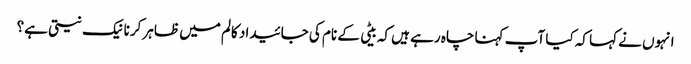
انہوں نے کہا کہ کیا آپ کہنا چاہ رہے ہیں کہ بیٹی کے نام کی جائیداد کالم میں ظاہر کرنا نیک نیتی ہے؟